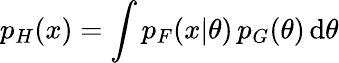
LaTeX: p_{H}(x)={\displaystyle\int p_{F}(x|\theta)\, p_{G}(\theta)\operatorname{d}\! \theta}